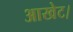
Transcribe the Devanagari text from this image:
आखेट।